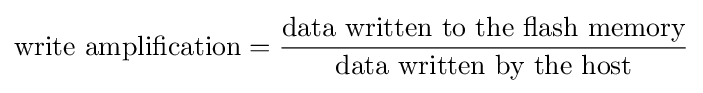
{\text{write amplification}}={\frac {\text{data written to the flash memory}}{\text{data written by the host}}}